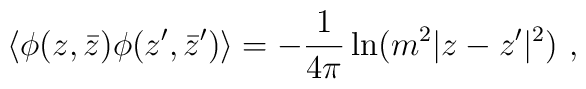
\langle \phi(z,\bar{z}) \phi(z',\bar{z}') \rangle=-{1 \over 4\pi}\ln (m^2 |z-z'|^2)~,